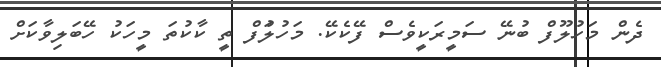
ދެން މަހުލޫފް ބުނޭ ސަމީރަކީވެސް ފޭކެކޭ. މަހުލަުފް ތީ ކާކުތަ މީހަކު ހޭބަލިވާކަށް